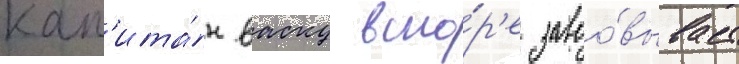
кап'ита́н васку вско́р'е завоо́вывает